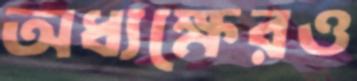
অধ্যক্ষেরও